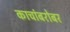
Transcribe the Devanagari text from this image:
काचांबरोबर